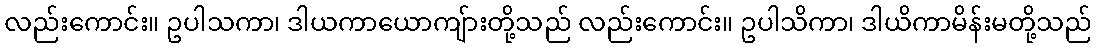
လည်းကောင်း။ ဥပါသကာ၊ ဒါယကာယောကျ်ားတို့သည် လည်းကောင်း။ ဥပါသိကာ၊ ဒါယိကာမိန်းမတို့သည်